Problem: 9 + 32 = ?
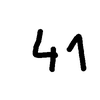
Handwritten answer: 41